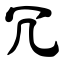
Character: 冗